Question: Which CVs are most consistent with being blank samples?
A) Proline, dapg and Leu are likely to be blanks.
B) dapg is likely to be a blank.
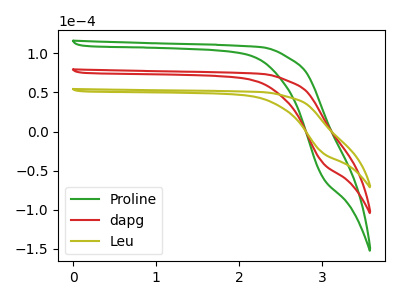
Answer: <think>The green curve "Proline" has no peaks. The red curve "dapg" has no peaks. The olive curve "Leu" has no peaks.</think>
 <answer>A) "Proline", "dapg" and "Leu" are likely to be blanks.</answer>
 <eval>A</eval>